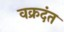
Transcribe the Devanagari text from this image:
वक्रदंत